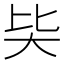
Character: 𡗬